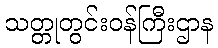
သတ္တုတွင်းဝန်ကြီးဌာန